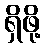
ရှိဖို့